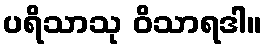
ပရိသာသု ဝိသာရဒါ။